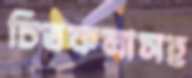
চিত্রকলাসহ